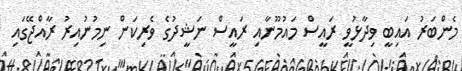
މެންބަރު އައިބީ ވިދާޅުވީ ރައީސް މައުމޫނާއި ރައީސް ނަޝީދުގެ ވެރިކަން ނިމުނުއިރު ރާއްޖޭގައި